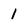
Character: 1